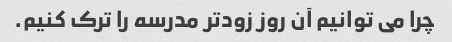
چرا می توانیم آن روز زودتر مدرسه را ترک کنیم.